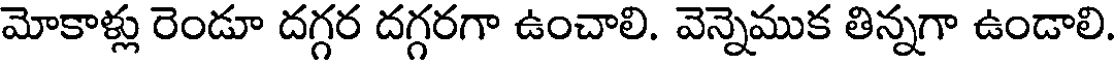
మోకాళ్లు రెండూ దగ్గర దగ్గరగా ఉంచాలి. వెన్నెముక తిన్నగా ఉండాలి